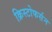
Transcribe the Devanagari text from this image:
क्रिस्टोफर्सन